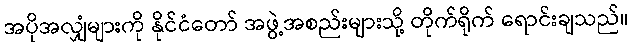
အပိုအလျှံများကို နိုင်ငံတော် အဖွဲ့အစည်းများသို့ တိုက်ရိုက် ရောင်းချသည်။